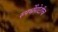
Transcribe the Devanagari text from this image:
स्पर्धेपोटीच